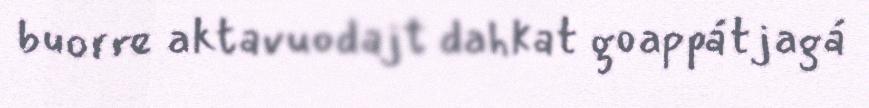
buorre aktavuodajt dahkat goappátjagá